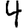
Digit: 4